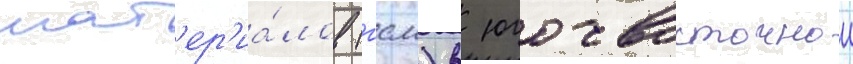
мат'ер'иа́лов (гсм) в юго-восточнои